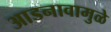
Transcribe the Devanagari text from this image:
आडनावामुळे